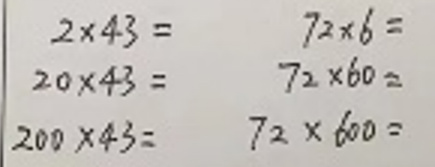
\begin{array}{ll}
\(2\times43 = & 72\times6 = \)\\
\(20\times43 = & 72\times60 = \)\\
\(200\times43 = & 72\times600 =\)\\
\end{array}